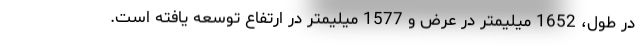
در طول، 1652 میلیمتر در عرض و 1577 میلیمتر در ارتفاع توسعه یافته است.